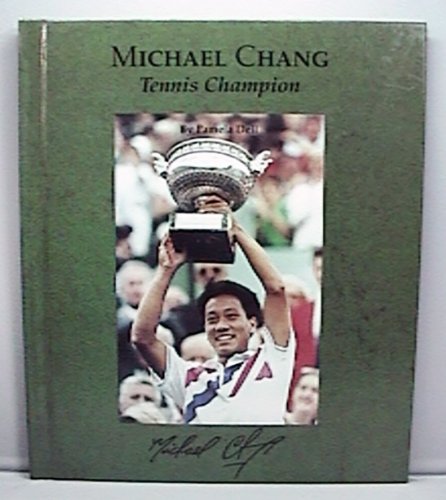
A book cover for Michael Chang: Tennis Champion (Picture Story Biography); Pamela Dell; Children's Books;